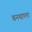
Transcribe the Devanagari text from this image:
बनथाप्ला